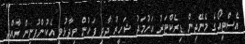
އެސްޓީއޯގެ މެނޭޖިން ޑިރެކްޓަރު އަހުމަދު ޝަހީރު ދާދި ފަހުން ވިދާޅުވީ އެކުންފުނިން ރާއްޖެ